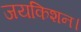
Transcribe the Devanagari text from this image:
जयकिशन।